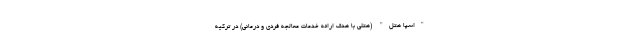
"اسپا هتل" (هتلی با هدف ارائه خدمات معالجه فردی و درمانی) در ترکیه